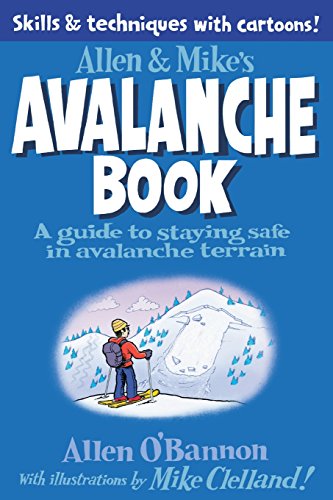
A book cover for Allen & Mike's Avalanche Book: A Guide To Staying Safe In Avalanche Terrain (Allen & Mike's Series); Mike Clelland; Sports & Outdoors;